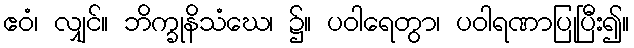
ဧဝံ၊ လျှင်။ ဘိက္ခုနိသံဃေ၊ ၌။ ပဝါရေတွာ၊ ပဝါရဏာပြုပြီး၍။